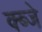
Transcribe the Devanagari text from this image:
क्ब्जे